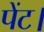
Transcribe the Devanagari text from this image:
पेंट।